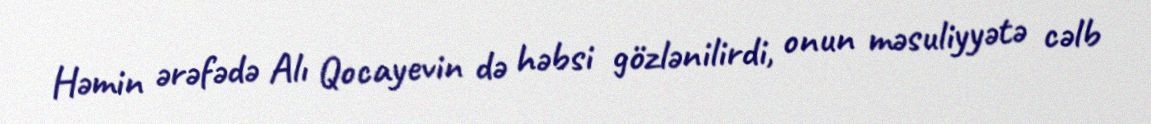
Həmin ərəfədə Alı Qocayevin də həbsi gözlənilirdi, onun məsuliyyətə cəlb